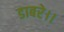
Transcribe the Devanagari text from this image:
डाबरे।।